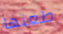
طعنها